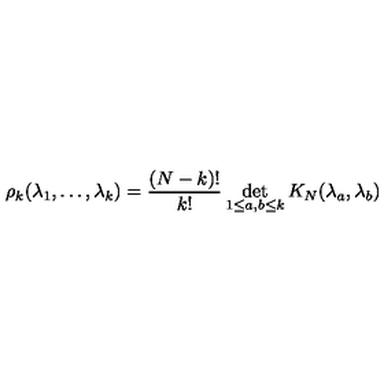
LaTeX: \rho _ { k } ( \lambda _ { 1 } , \ldots , \lambda _ { k } ) = \frac { ( N - k ) ! } { k ! } \det _ { 1 \le a , b \le k } K _ { N } ( \lambda _ { a } , \lambda _ { b } )